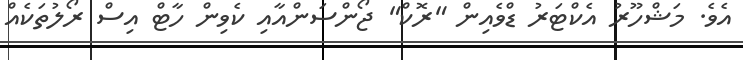
އެވެ. މަޝްހޫރު އެކްޓަރު ޑްވެއިން "ރޮކް" ޖޯންސަންއާއި ކެވިން ހާޓް އިސް ރޯލުތަކެއް